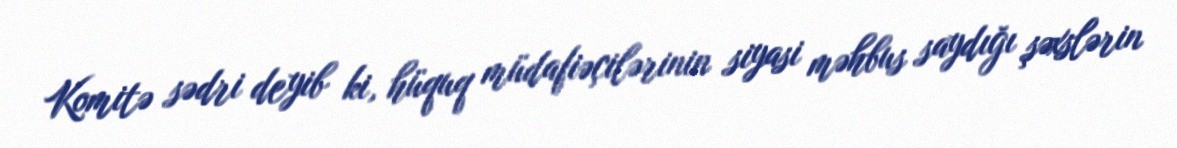
Komitə sədri deyib ki, hüquq müdafiəçilərinin siyasi məhbus saydığı şəxslərin